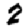
Digit: 2